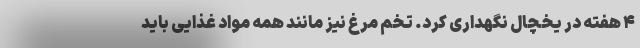
۴ هفته در یخچال نگهداری کرد. تخم مرغ نیز مانند همه مواد غذایی باید